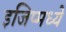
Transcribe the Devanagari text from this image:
इजिप्मध्ये